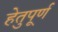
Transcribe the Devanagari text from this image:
हेतुपूर्ण